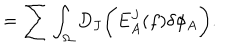
= \sum \int _ { \Omega } D _ { J } \biggl ( E _ { A } ^ { J } ( f ) \delta \phi _ { A } \biggr ) .